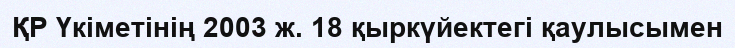
ҚР Үкіметінің 2003 ж. 18 қыркүйектегі қаулысымен